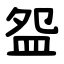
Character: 盌